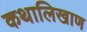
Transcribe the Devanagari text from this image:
कथालिखाण